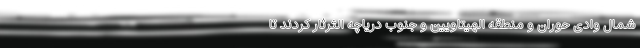
شمال وادی حوران و منطقه الهیتاویین و جنوب دریاچه الثرثار کردند تا